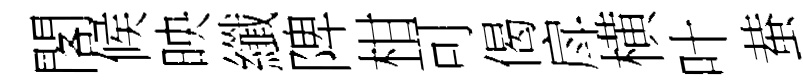
閣候映纖陴柑可偈戽横叶蛬